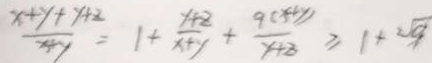
\frac { x + y + y + 2 } { x + y } = 1 + \frac { y + z } { x + y } + \frac { 9 ( x + y ) } { y + 8 } \geq 1 + 2 \sqrt { 9 }